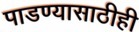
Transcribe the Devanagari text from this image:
पाडण्यासाठीही